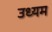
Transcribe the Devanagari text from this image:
उध्यम